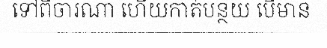
ទៅពិចារណា ហើយកាត់បន្ថយ បើមាន